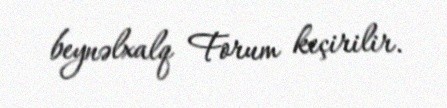
beynəlxalq Forum keçirilir.